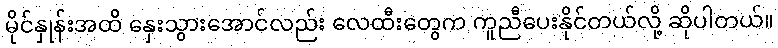
မိုင်နှုန်းအထိ နှေးသွားအောင်လည်း လေထီးတွေက ကူညီပေးနိုင်တယ်လို့ ဆိုပါတယ်။